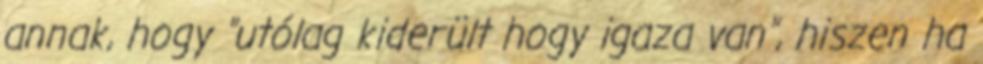
annak, hogy "utólag kiderült hogy igaza van", hiszen ha